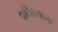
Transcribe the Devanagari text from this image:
पातिव्रत्याला